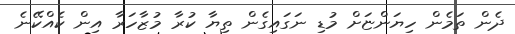
ދެން ތަމެން ހިޔަންޏަށް މުޑި ނަގައިގެން ތިޔާ ކުރާ މުޒާހަރާ އިން ކެއްކޭނެ